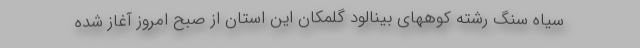
سیاه سنگ رشته کوههای بینالود گلمکان این استان از صبح امروز آغاز شده